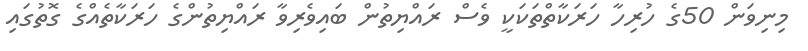
މިނިވަން 50ގެ ހުރިހާ ހަރަކާތްތަކަކީ ވެސް ރައްޔިތުން ބައިވެރިވާ ރައްޔިތުންގެ ހަރަކާތެއްގެ ގޮތުގައި